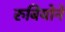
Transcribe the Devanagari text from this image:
रुबियोने